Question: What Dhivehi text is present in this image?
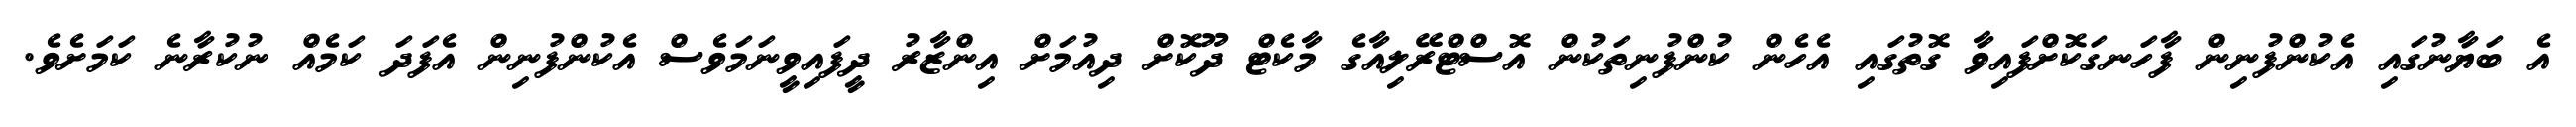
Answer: އެ ބަޔާނުގައި އެކުންފުނިން ފާހަނގަކޮށްފައިވާ ގޮތުގައި އެހެން ކުންފުނިތަކުން އޮސްޓްރޭލިއާގެ މާކެޓް ދޫކޮށް ދިއުމަށް އިންޒާރު ދީފައިވީނަމަވެސް އެކުންފުނިން އެފަދަ ކަމެއް ނުކުރާނެ ކަމަށެވެ.